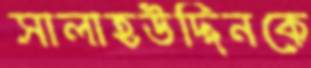
সালাহউদ্দিনকে